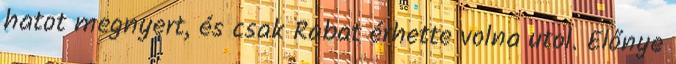
hatot megnyert, és csak Rabat érhette volna utol. Előnye